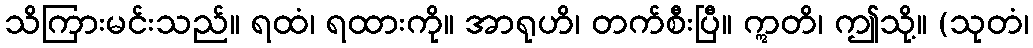
သိကြားမင်းသည်။ ရထံ၊ ရထားကို။ အာရုဟိ၊ တက်စီးပြီ။ ဣတိ၊ ဤသို့။ (သုတံ၊